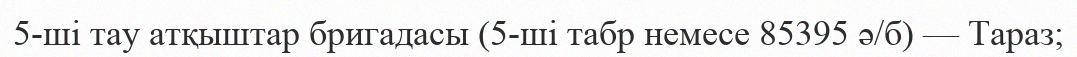
5-ші тау атқыштар бригадасы (5-ші табр немесе 85395 ә/б) — Тараз;